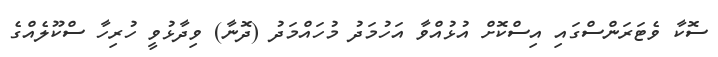
ސޮކާ ވެޓަރަންސްގައި އިސްކޮށް އުޅުއްވާ އަހުމަދު މުހައްމަދު (ދޮނާ) ވިދާޅުވީ ހުރިހާ ސްކޫލެއްގެ